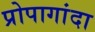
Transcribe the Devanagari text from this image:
प्रोपागांदा